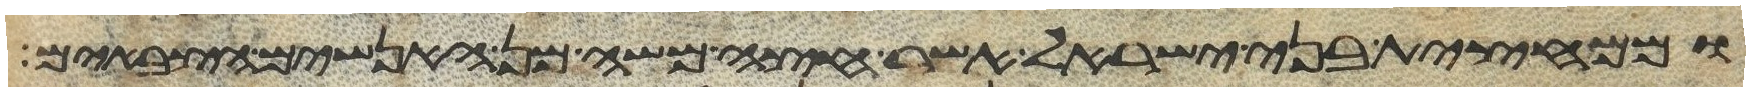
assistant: וממחצית בני ישראל אשר חצה משה מן האנשים הצבאים